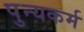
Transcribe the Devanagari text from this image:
पुन्यकर्म